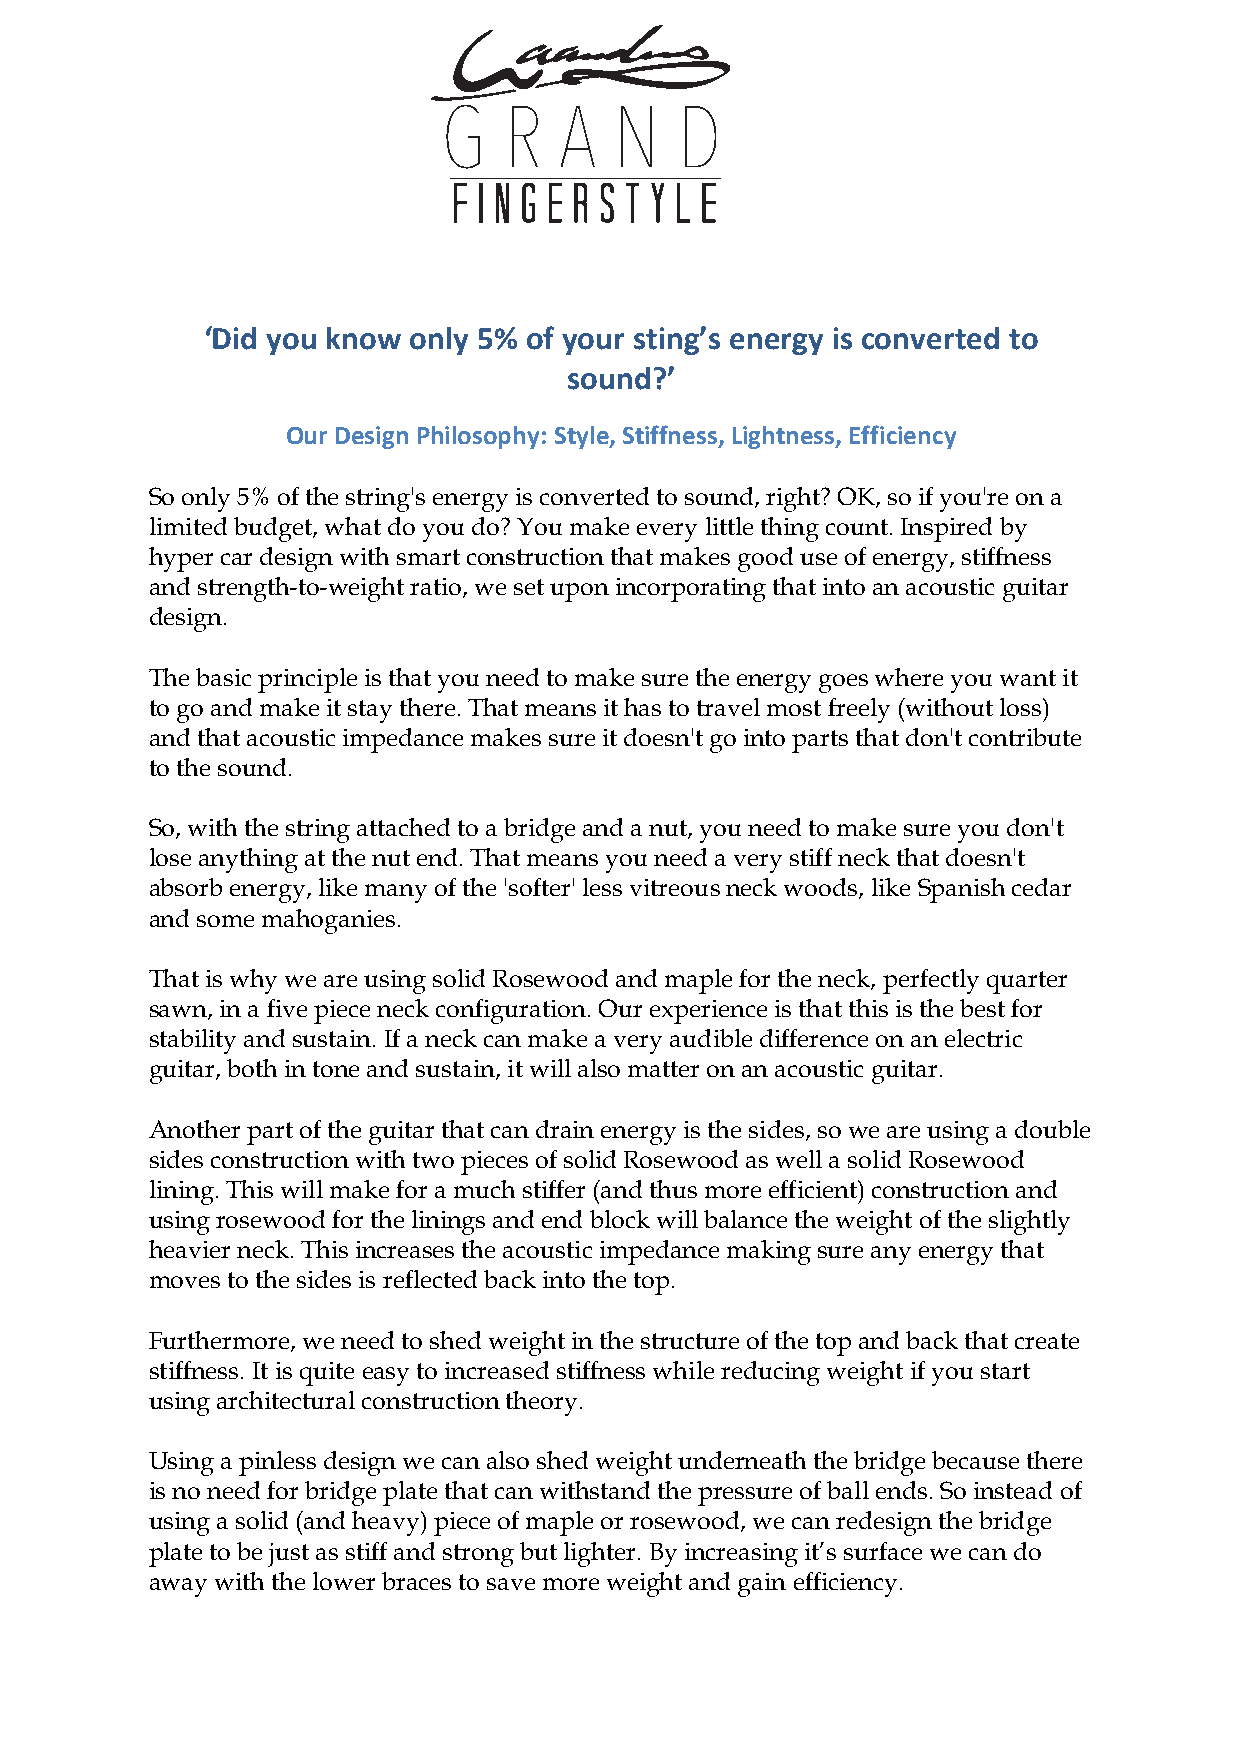
‘Did you know only 5% of your sting’s energy is converted to
 sound?’
 Our Design Philosophy: Style, Stiffness, Lightness, Efficiency
 So only 5% of the string's energy is converted to sound, right? OK, so if you're on a
 limited budget, what do you do? You make every little thing count. Inspired by
 hyper car design with smart construction that makes good use of energy, stiffness
 and strength-to-weight ratio, we set upon incorporating that into an acoustic guitar
 design.
 The basic principle is that you need to make sure the energy goes where you want it
 to go and make it stay there. That means it has to travel most freely (without loss)
 and that acoustic impedance makes sure it doesn't go into parts that don't contribute
 to the sound.
 So, with the string attached to a bridge and a nut, you need to make sure you don't
 lose anything at the nut end. That means you need a very stiff neck that doesn't
 absorb energy, like many of the 'softer' less vitreous neck woods, like Spanish cedar
 and some mahoganies.
 That is why we are using solid Rosewood and maple for the neck, perfectly quarter
 sawn, in a five piece neck configuration. Our experience is that this is the best for
 stability and sustain. If a neck can make a very audible difference on an electric
 guitar, both in tone and sustain, it will also matter on an acoustic guitar.
 Another part of the guitar that can drain energy is the sides, so we are using a double
 sides construction with two pieces of solid Rosewood as well a solid Rosewood
 lining. This will make for a much stiffer (and thus more efficient) construction and
 using rosewood for the linings and end block will balance the weight of the slightly
 heavier neck. This increases the acoustic impedance making sure any energy that
 moves to the sides is reflected back into the top.
 Furthermore, we need to shed weight in the structure of the top and back that create
 stiffness. It is quite easy to increased stiffness while reducing weight if you start
 using architectural construction theory.
 Using a pinless design we can also shed weight underneath the bridge because there
 is no need for bridge plate that can withstand the pressure of ball ends. So instead of
 using a solid (and heavy) piece of maple or rosewood, we can redesign the bridge
 plate to be just as stiff and strong but lighter. By increasing it’s surface we can do
 away with the lower braces to save more weight and gain efficiency.